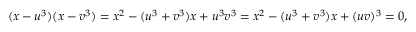
( x - u ^ { 3 } ) ( x - v ^ { 3 } ) = x ^ { 2 } - ( u ^ { 3 } + v ^ { 3 } ) x + u ^ { 3 } v ^ { 3 } = x ^ { 2 } - ( u ^ { 3 } + v ^ { 3 } ) x + ( u v ) ^ { 3 } = 0 ,